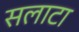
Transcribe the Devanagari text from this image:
सलाटा